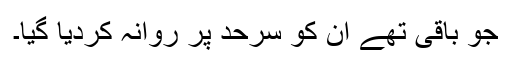
جو باقی تھے اُن کو سرحد پر روانہ کردیا گیا۔